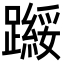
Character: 𬧗